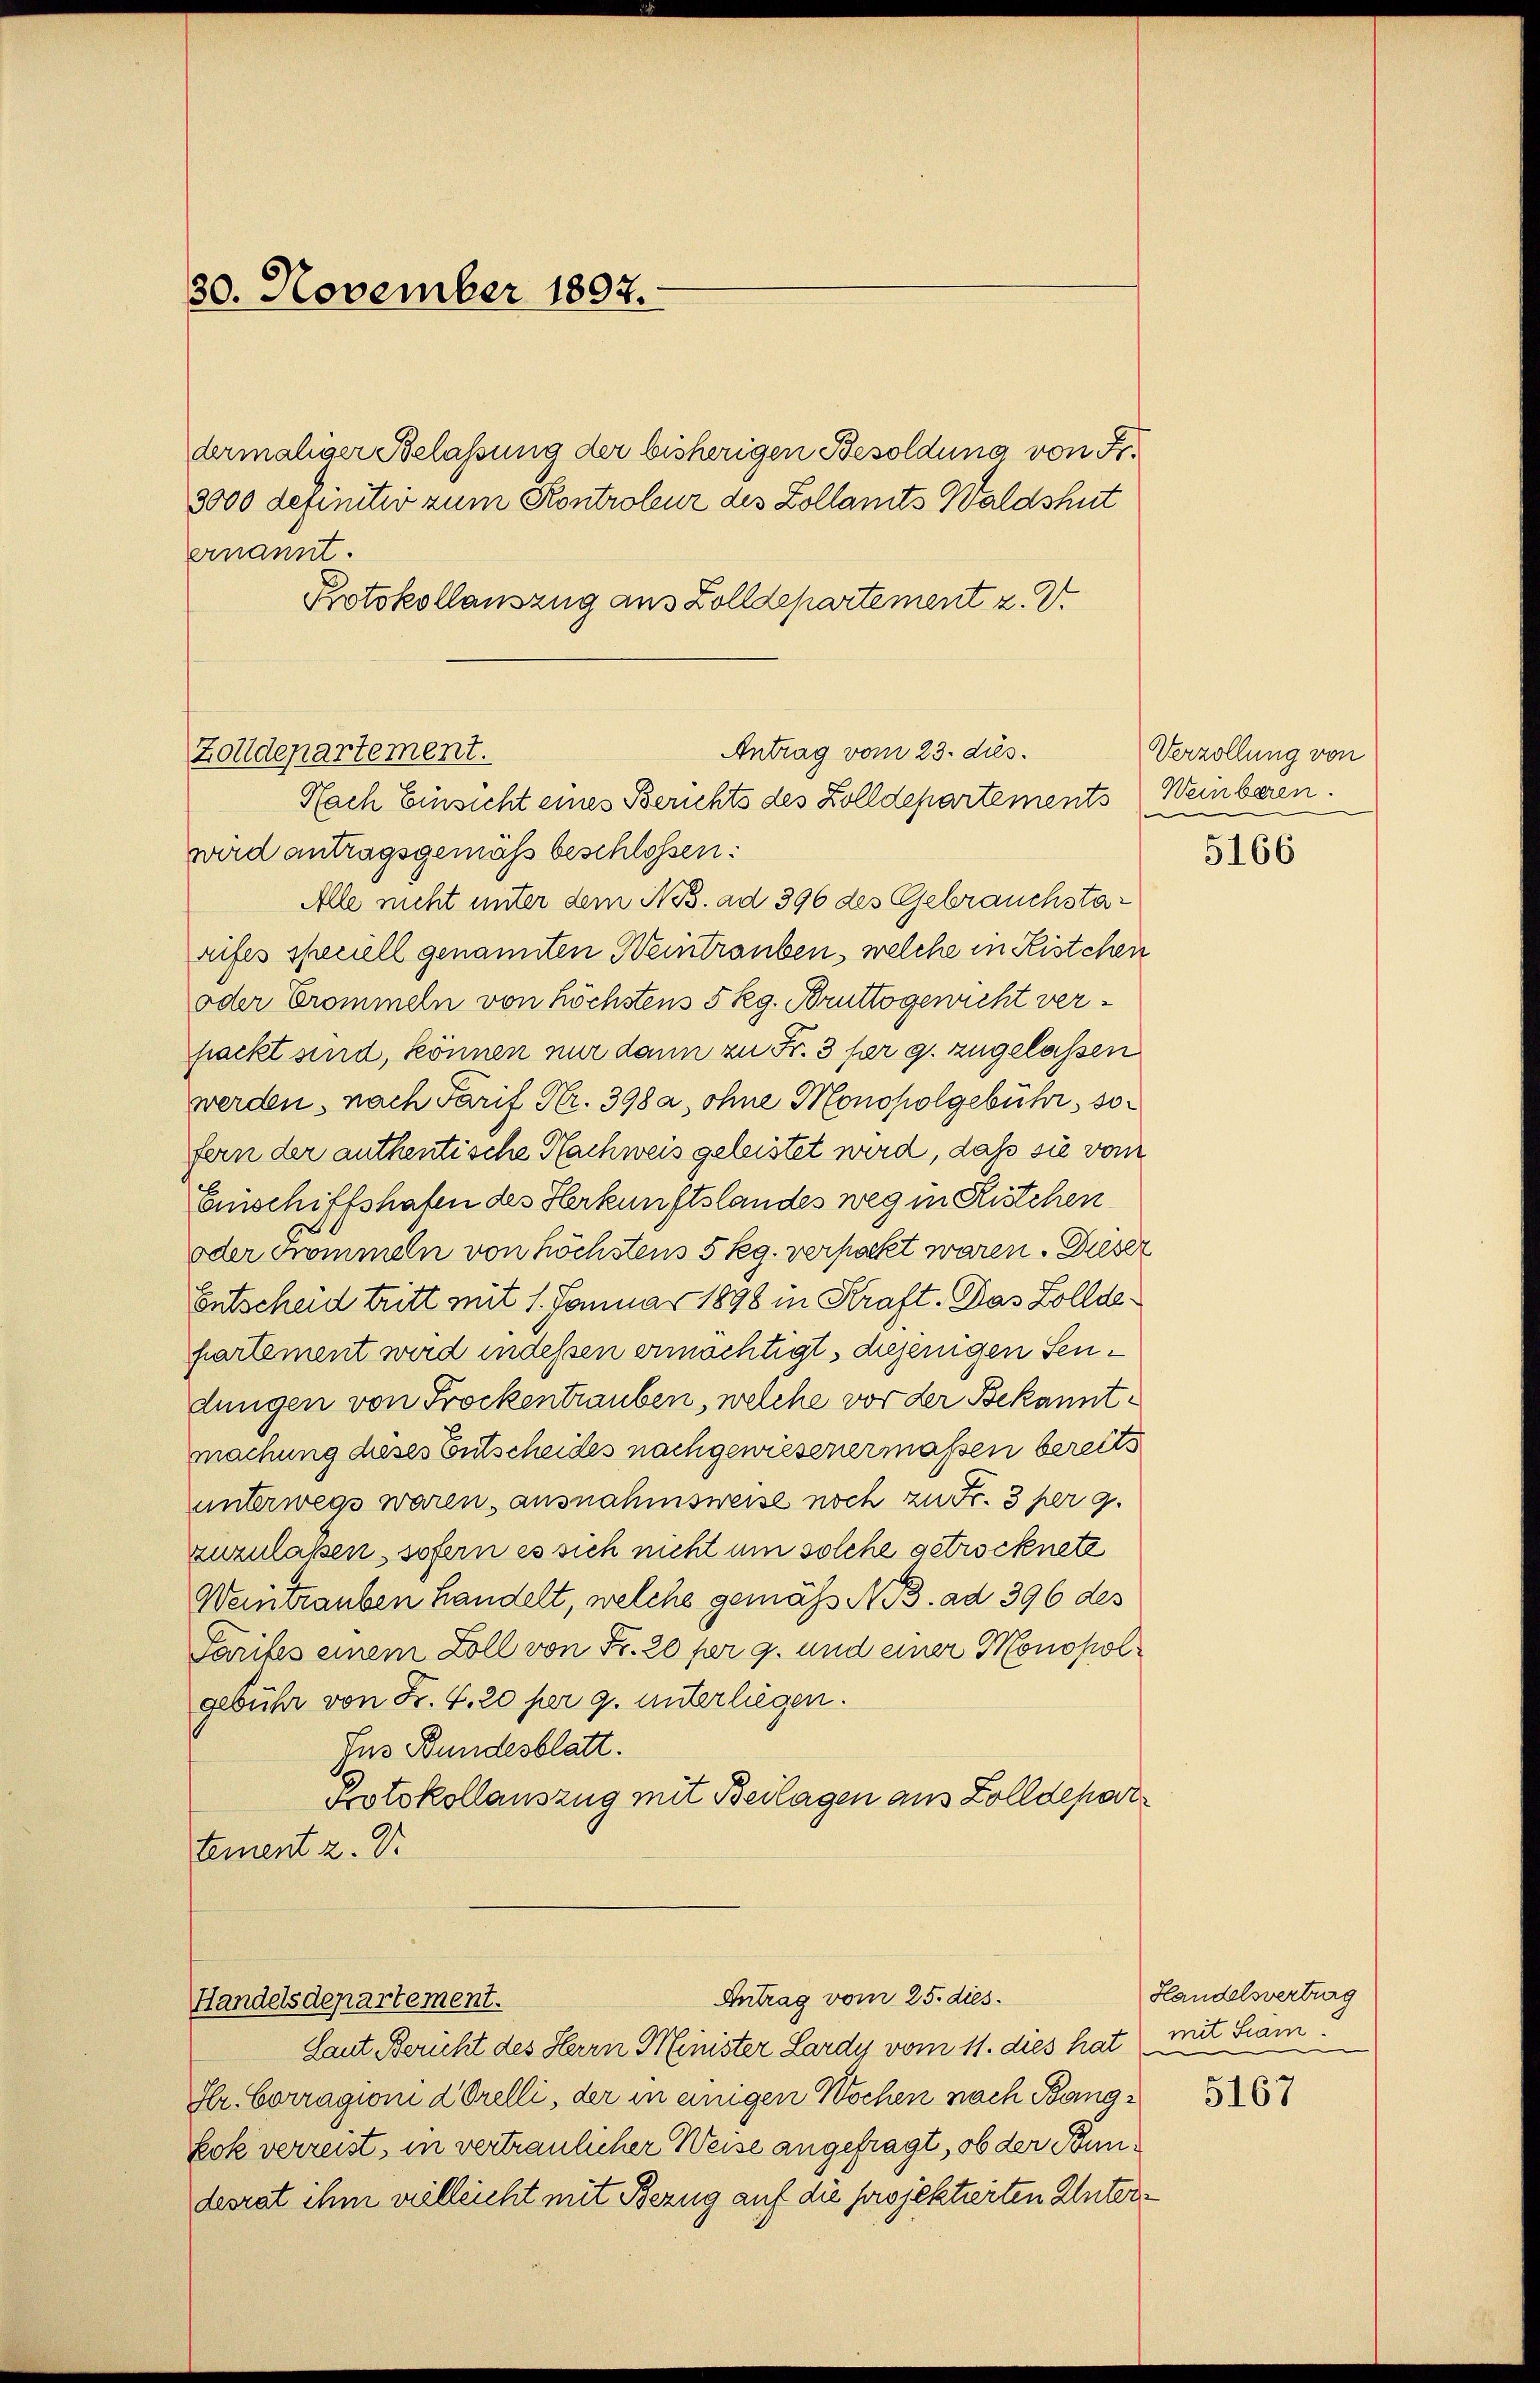
30. November 1892.

dermaliger Belassung der bisherigen Besoldung von Fr.
3000 definitiv zum Kontroleur des Zollamts Waldshut
ernannt.
Protokollauszug aus Zolldepartement z. B.

Antrag vom 23. dies.
Zolldepartement.
Nach Einsicht eines Berichts des Zolldepartements Weinberen.

wird antragsgemäß beschlossen:
Alle nicht unter dem Nos. ad 396 des Gebrauchstarifes speciell genannten Weintrauben, welche in Kistchen
oder Erommeln von höchstens 5 Rg. Bruttogewicht verpackt sind, können nur dann zu Fr. 3 per g. zugelassen
werden, nach Tarif Nr. 398 a, ohne Monopolgebühr, sofern der authentische Nachweis geleistet wird, daß sie vom
Einschiffshafen des Herkunftslandes weg in Kistchen
oder Frömmeln von höchstens 5 kg. verpackt waren. Dieser
Entscheid tritt mit 1. Januar 1898 in Kraft. Das Zolldepartement wird indessen ermächtigt, diejenigen Sendungen von Trockentrauben, welche vor der Bekanntmachung dieses Entscheides nachgewiesenermaßen bereits
unterwegs waren, ausnahmsweise noch zu Fr. 3 per 9.
zuzulassen, sofern es sich nicht um solche getrocknete
Weintrauben handelt, welche gemäß N. 3. ad 396 des
Parites einem Zoll von Fr. 20 für 9. und einer Monopolgebühr von Fr. 4. 20 per g. unterliegen.
Jus Bundesblatt.
Protokollauszug mit Beilagen aus Zolldepartement z. Dr.

Antrag vom 25. dies
Handelsdepartement.

Laut Bericht des Herrn Minister Lardy vom 11. dies hat mit Stam
Hlr. Corragioni & Orelli, der in einigen Wochen nach Bang¬
Eok verreist, in vertraulicher Weise angefragt, ob der Bundesrat ihm vielleicht mit Bezug auf die projektierten Unter¬

Verzollung von
e

5166

Handelsvertrag

5167